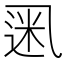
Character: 𫡮